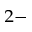
^ { 2 - }